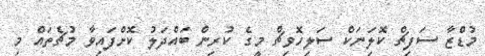
މުޑްޒާ ސަފިޗް ކޮލަިނަކް ސަލިހޮވިޗް މީގެ ކުރިން ބައްދަލު ކޮށްފައިވާ މުޗެތައް މި